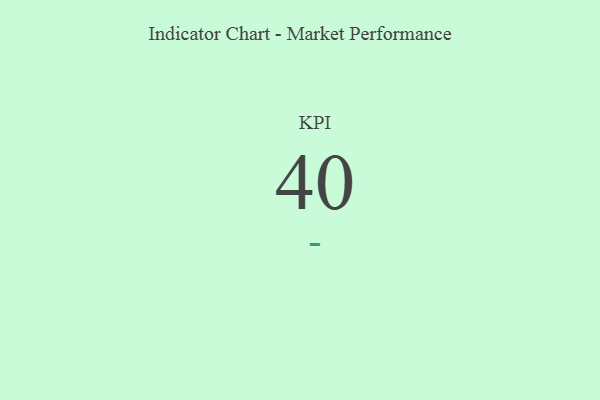
{"axis": {"x": "KPI", "y": "Value"}, "legend": [""], "data": [{"x": "KPI", "y": 40, "type": ""}]}